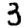
Digit: 3